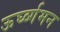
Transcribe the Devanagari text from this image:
ऊर्घ्व्गमन